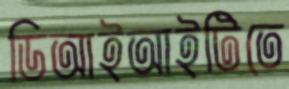
ডিআইআইটিতে